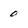
Character: 0